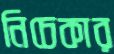
নিচেকার